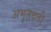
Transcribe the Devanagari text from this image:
अमृतवती